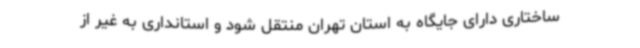
ساختاری دارای جایگاه به استان تهران منتقل شود و استانداری به غیر از